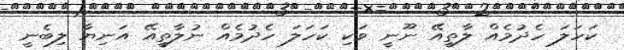
ކަހަލަ ހެދުމެއް ލާތީއޭ ނޫނީ ވަކި ކަހަލަ ހެދުމެއް ނުލާތީއޭ އަނިޔާ ލިބެނީ